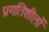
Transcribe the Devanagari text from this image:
प्रगतिशीलों